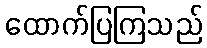
ထောက်ပြကြသည်